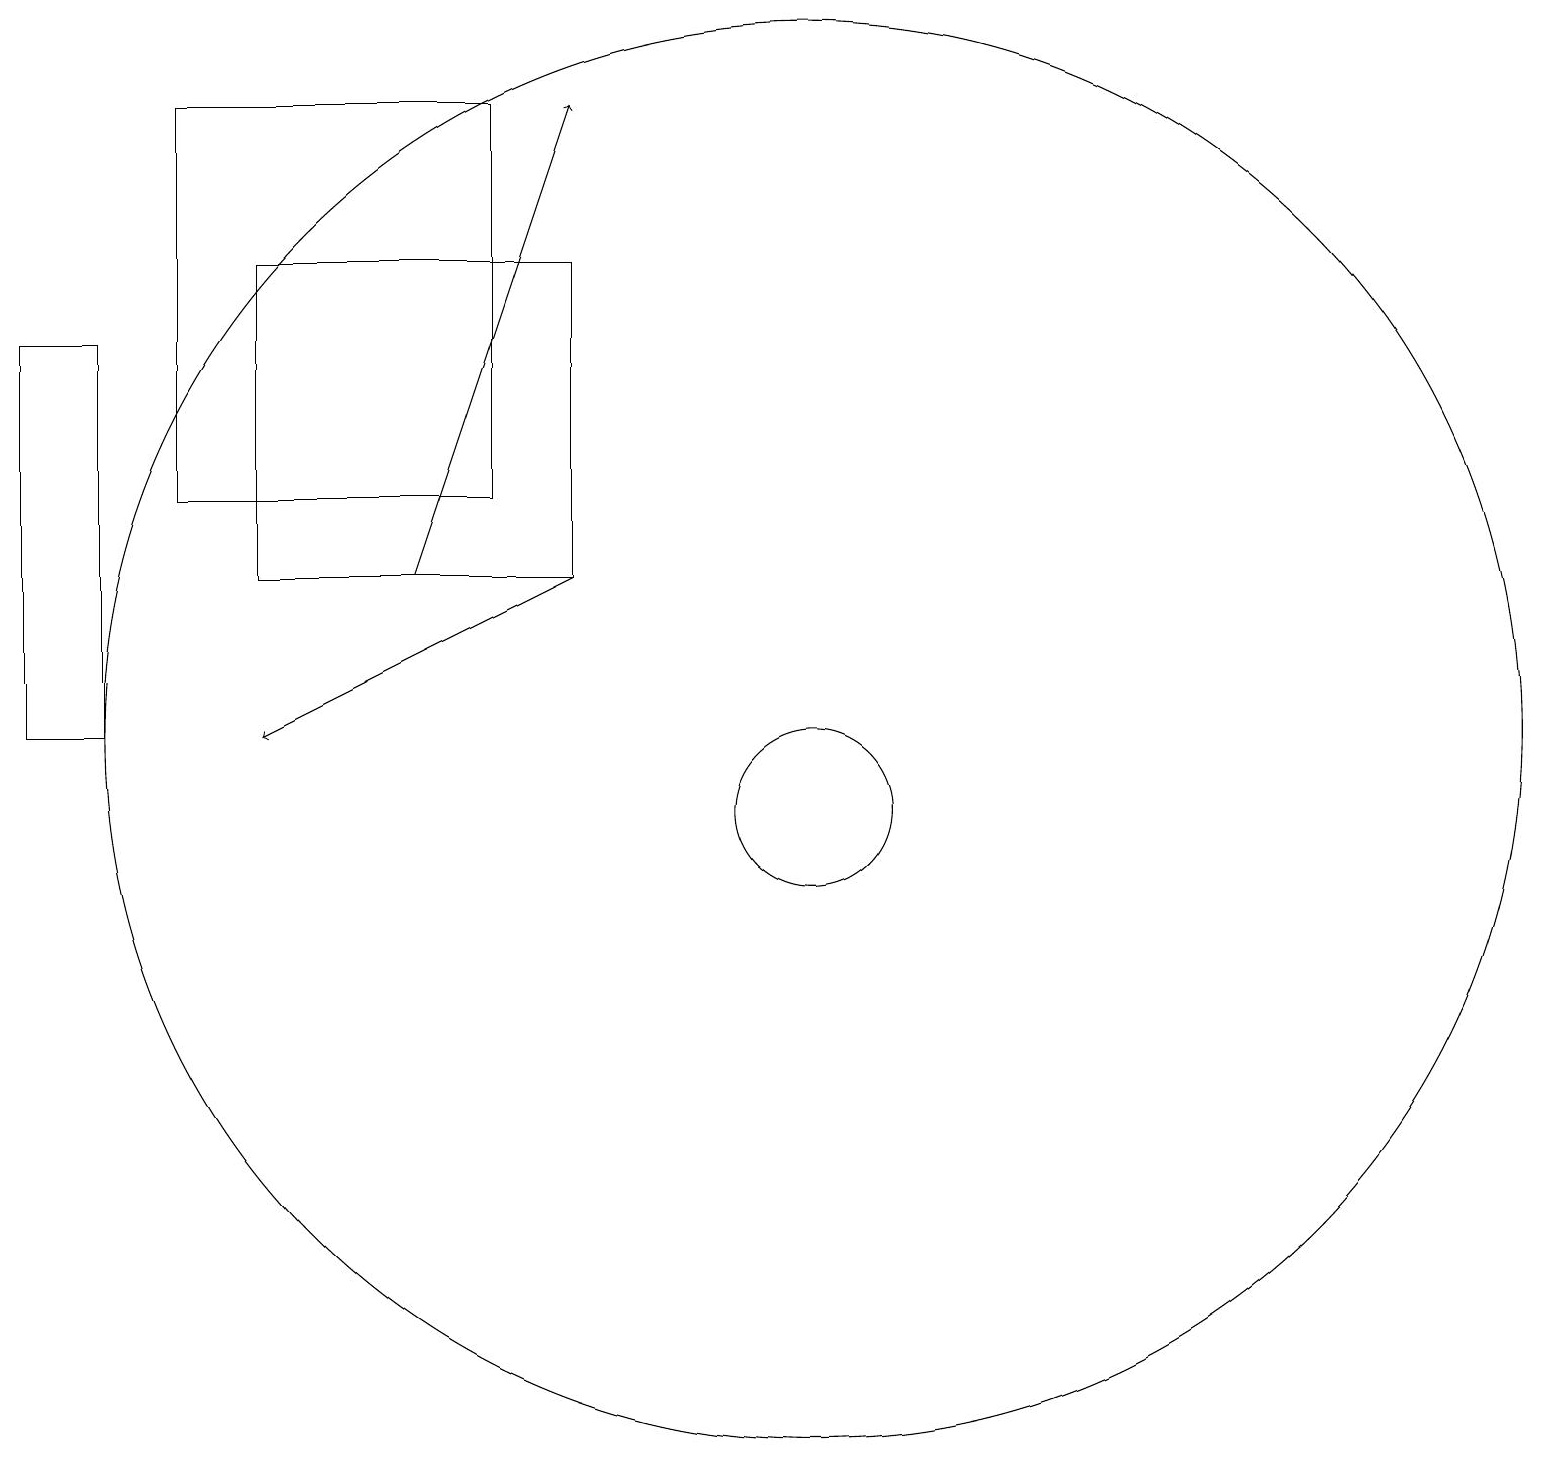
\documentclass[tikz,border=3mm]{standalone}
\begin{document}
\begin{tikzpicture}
\draw (7,14) rectangle (3,19);
\draw[->] (6,13) -- (8,19);
\draw (11,11) circle (9);
\draw (12,11) circle (0);
\draw (11,10) circle (1);
\draw (2,16) rectangle (1,11);
\draw[->] (8,13) -- (4,11);
\draw (8,17) rectangle (4,13);
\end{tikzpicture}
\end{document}